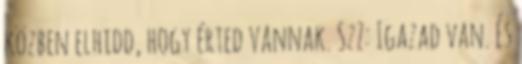
közben elhidd, hogy érted vannak. SzZ: Igazad van. És